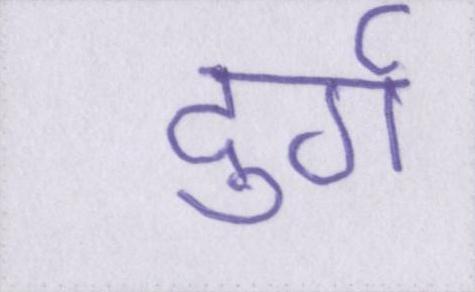
दुर्ग